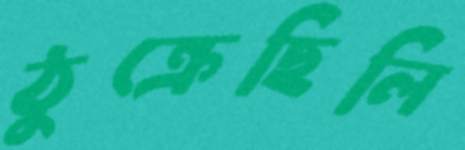
ঠুক্‌রেছিলি